Leaving Certificate Examination (including Day School Certificate (Higher) General paper), 1937
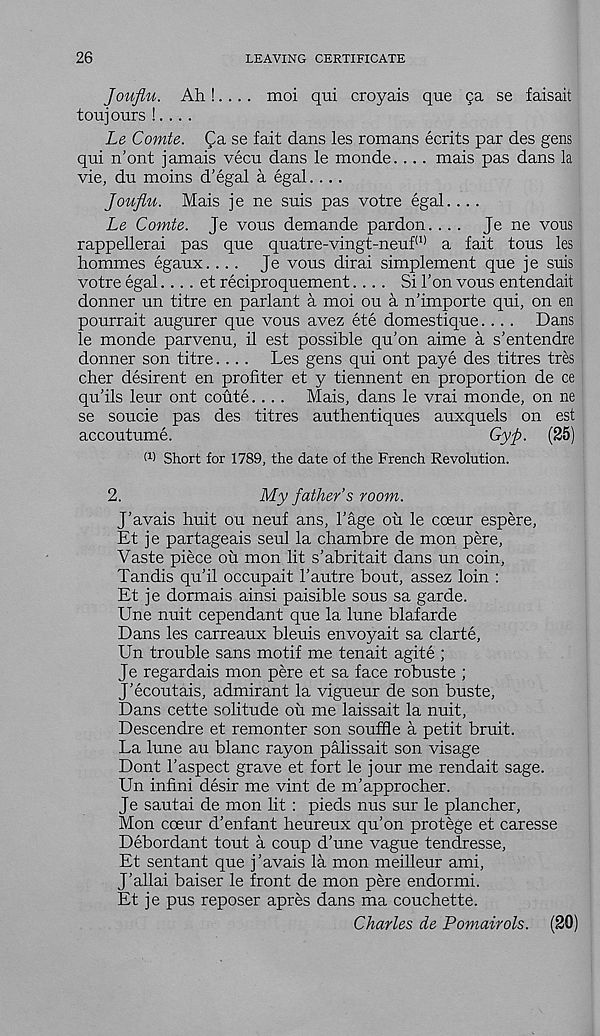
26
LEAVING CERTIFICATE
Jouflu. Ah.!. ... moi qui croyais que ga se faisait
toujours !....
Le Comte, fa se fait dans les romans ecrits par des gens
qui n'ont jamais vecu dans le monde. ... mais pas dans la
vie, du moins d’egal a egal....
Jouflu. Mais je ne suis pas votre egal....
Le Comte. Je vous demande pardon.... Je ne vous
rappellerai pas que quatre-vingt-neuf (1) a fait tous les
hommes egaux. ... Je vous dirai simplement que je suis
votre egal.... et reciproquement.... Si Ton vous entendait
donner un titre en parlant a moi ou a n’importe qui, on en
pourrait augurer que vous avez ete domestique.... Dans
le monde parvenu, il est possible qu’on aime a s’entendre
donner son titre.... Les gens qui ont paye des titres tres
cher desirent en profiter et y tiennent en proportion de ce
qu’ils leur ont coute. ... Mais, dans le vrai monde, on ne
se soucie pas des titres authentiques auxquels on est
accoutume.
Gyp. (25)
M Short for 1789, the date of the French Revolution.
2.
My father’s room.
J’avais huit ou neuf ans, 1’age oh le cceur espere,
Et je partageais seul la chambre de mon pere,
Vaste piece oh mon lit s’abritait dans un coin,
Tandis qu’il occupait I’autre bout, assez loin :
Et je dormais ainsi paisible sous sa garde.
Une nuit cependant que la lune blafarde
Dans les carreaux bleuis envoyait sa clarte,
Un trouble sans motif me tenait agite ;
Je regardais mon pere et sa face robuste ;
J’ecoutais, admirant la vigueur de son buste,
Dans cette solitude oh me laissait la nuit,
Descendre et remonter son souffle a petit bruit.
La lune au blanc rayon palissait son visage
Dont 1’aspect grave et fort le jour me rendait sage.
Un infini desir me vint de m’approcher.
Je sautai de mon lit : pieds nus sur le plan cher,
Mon coeur d’enfant heureux qu’on protege et caresse
Debordant tout a coup d’une vague tendresse,
Et sentant que j’avais la mon meilleur ami,
J’allai baiser le front de mon pere endormi.
Et je pus reposer apres dans ma couchette.
Charles de Pomairols. (SO)